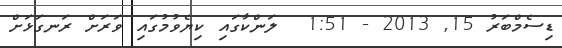
ޑިސެމްބަރު 15